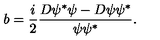
b = \frac i 2 \frac { D \psi ^ { * } \psi - D \psi \psi ^ { * } } { \psi \psi ^ { * } } .